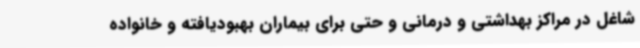
شاغل در مراکز بهداشتی و درمانی و حتی برای بیماران بهبودیافته و خانواده